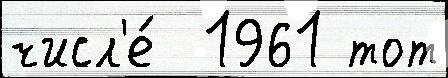
числ'е́  1961 тот